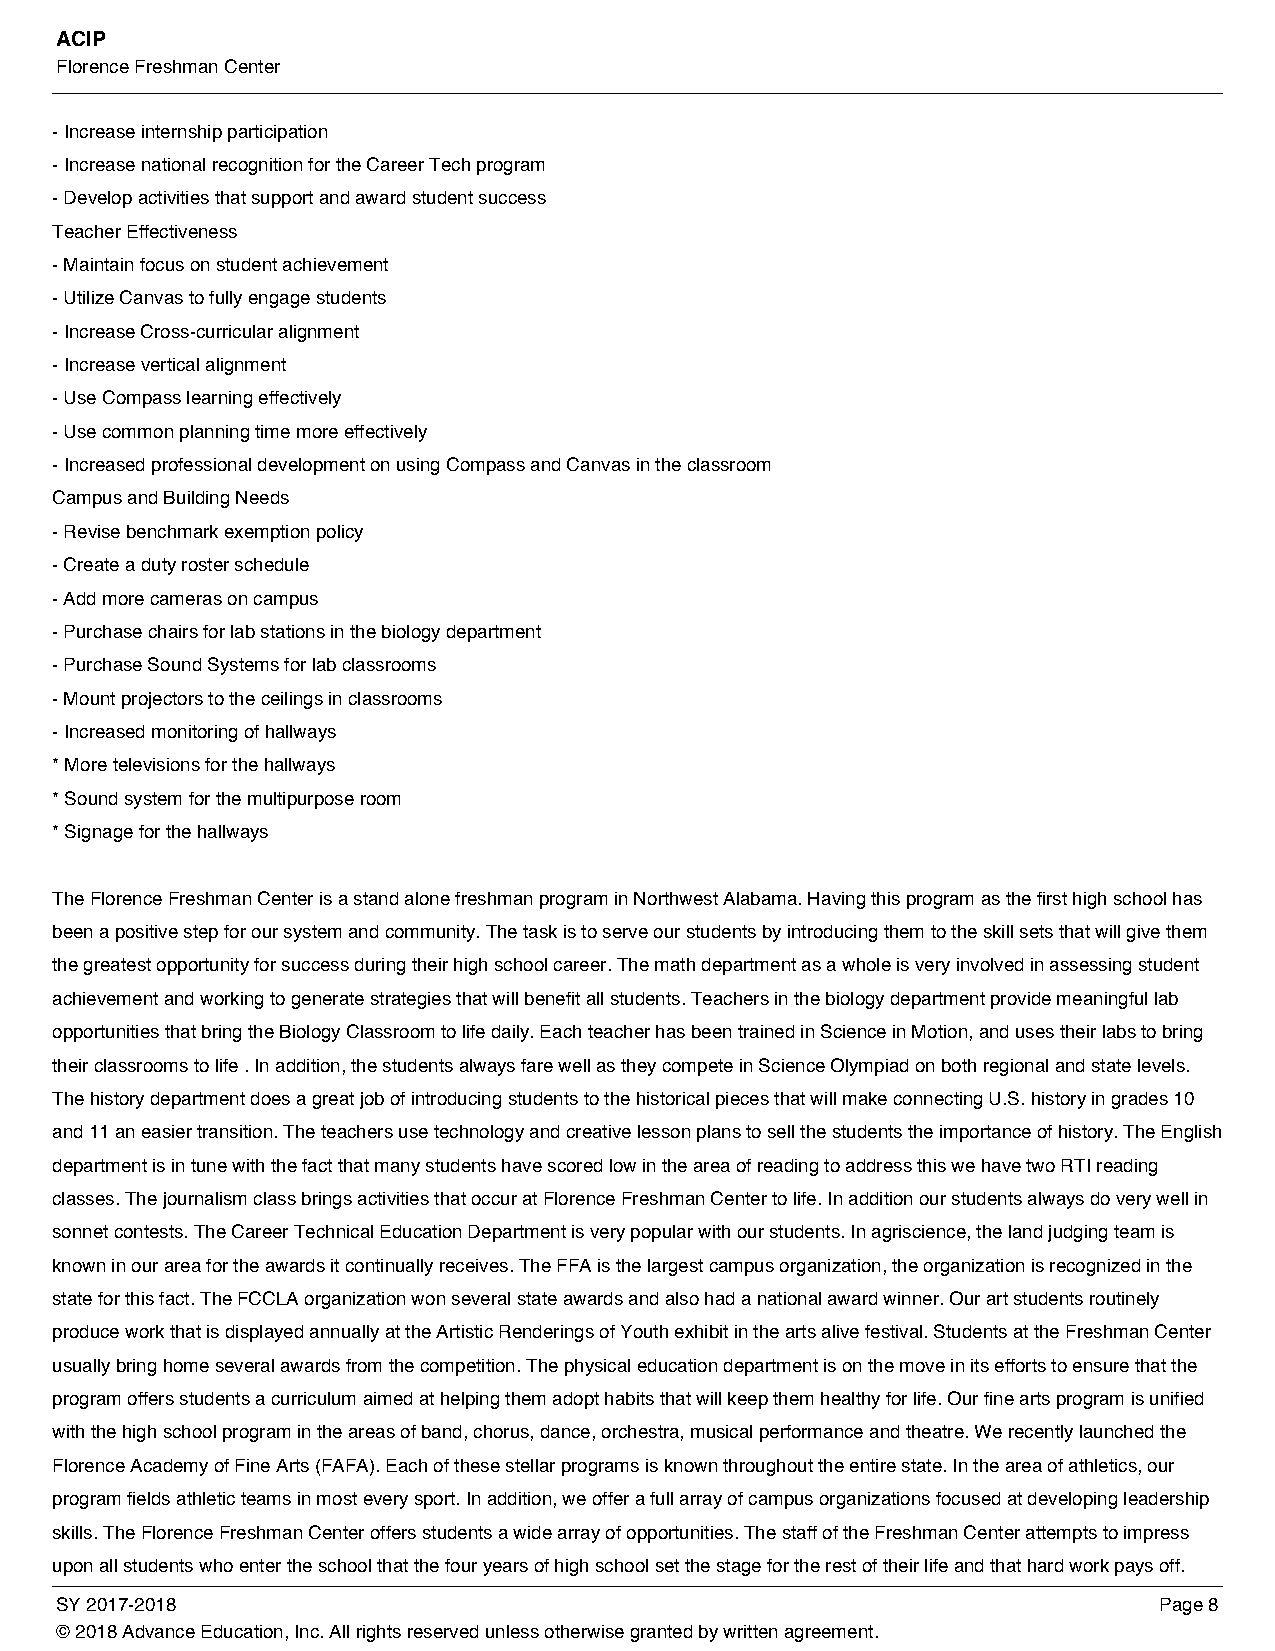
ACIP
 Florence Freshman Center
 - Increase internship participation
 - Increase national recognition for the Career Tech program
 - Develop activities that support and award student success
 Teacher Effectiveness
 - Maintain focus on student achievement
 - Utilize Canvas to fully engage students
 - Increase Cross-curricular alignment
 - Increase vertical alignment
 - Use Compass learning effectively
 - Use common planning time more effectively
 - Increased professional development on using Compass and Canvas in the classroom
 Campus and Building Needs
 - Revise benchmark exemption policy
 - Create a duty roster schedule
 - Add more cameras on campus
 - Purchase chairs for lab stations in the biology department
 - Purchase Sound Systems for lab classrooms
 - Mount projectors to the ceilings in classrooms
 - Increased monitoring of hallways
 * More televisions for the hallways
 * Sound system for the multipurpose room
 * Signage for the hallways
 The Florence Freshman Center is a stand alone freshman program in Northwest Alabama. Having this program as the first high school has
 been a positive step for our system and community. The task is to serve our students by introducing them to the skill sets that will give them
 the greatest opportunity for success during their high school career. The math department as a whole is very involved in assessing student
 achievement and working to generate strategies that will benefit all students. Teachers in the biology department provide meaningful lab
 opportunities that bring the Biology Classroom to life daily. Each teacher has been trained in Science in Motion, and uses their labs to bring
 their classrooms to life . In addition, the students always fare well as they compete in Science Olympiad on both regional and state levels.
 The history department does a great job of introducing students to the historical pieces that will make connecting U.S. history in grades 10
 and 11 an easier transition. The teachers use technology and creative lesson plans to sell the students the importance of history. The English
 department is in tune with the fact that many students have scored low in the area of reading to address this we have two RTI reading
 classes. The journalism class brings activities that occur at Florence Freshman Center to life. In addition our students always do very well in
 sonnet contests. The Career Technical Education Department is very popular with our students. In agriscience, the land judging team is
 known in our area for the awards it continually receives. The FFA is the largest campus organization, the organization is recognized in the
 state for this fact. The FCCLA organization won several state awards and also had a national award winner. Our art students routinely
 produce work that is displayed annually at the Artistic Renderings of Youth exhibit in the arts alive festival. Students at the Freshman Center
 usually bring home several awards from the competition. The physical education department is on the move in its efforts to ensure that the
 program offers students a curriculum aimed at helping them adopt habits that will keep them healthy for life. Our fine arts program is unified
 with the high school program in the areas of band, chorus, dance, orchestra, musical performance and theatre. We recently launched the
 Florence Academy of Fine Arts (FAFA). Each of these stellar programs is known throughout the entire state. In the area of athletics, our
 program fields athletic teams in most every sport. In addition, we offer a full array of campus organizations focused at developing leadership
 skills. The Florence Freshman Center offers students a wide array of opportunities. The staff of the Freshman Center attempts to impress
 upon all students who enter the school that the four years of high school set the stage for the rest of their life and that hard work pays off.
 SY 2017-2018                                                             Page 8
 © 2018 Advance Education, Inc. All rights reserved unless otherwise granted by written agreement.